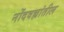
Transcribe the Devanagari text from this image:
नोंदवह्यांतील